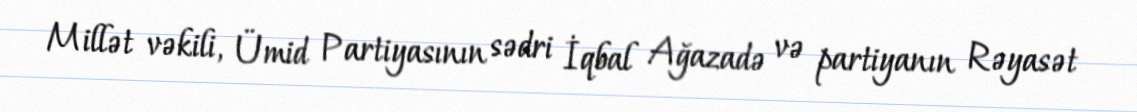
Millət vəkili, Ümid Partiyasının sədri İqbal Ağazadə və partiyanın Rəyasət